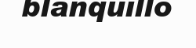
blanquillo